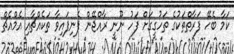
ކަމާ ބެހޭ ފަރާތްތަކުގެ ތަހުގީގަށް ފަހު ނޫނީ ރާއްޖޭން ފެނިފައިވާ ތަކެއްޗާއި އެމްއެޗް